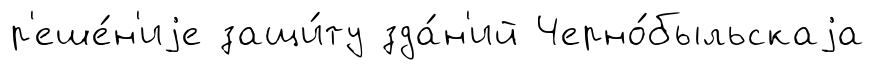
р'еше́н'иjе защи́ту зда́н'ий Черно́быльскаjа